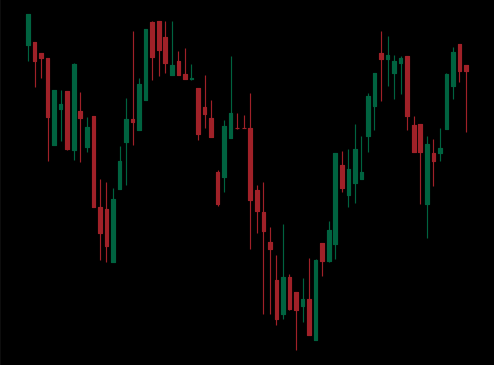
Pattern: inverse_head_shoulders